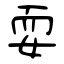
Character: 耍